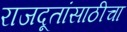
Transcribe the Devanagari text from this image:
राजदूतांसाठीचा